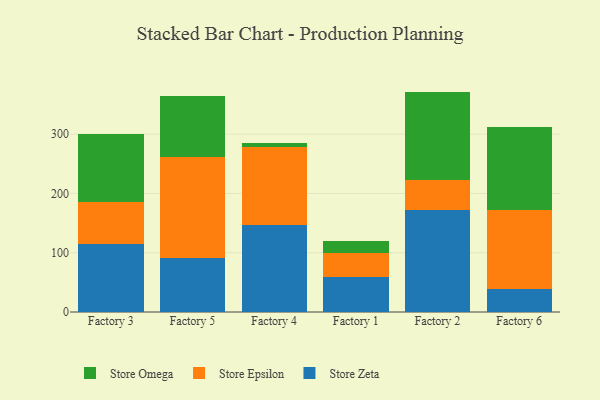
{"axis": {"x": "Factory", "y": "Headcount"}, "legend": ["Store Epsilon", "Store Omega", "Store Zeta"], "data": [{"x": "Factory 3", "y": 115.4, "type": "Store Zeta"}, {"x": "Factory 3", "y": 69.5, "type": "Store Epsilon"}, {"x": "Factory 3", "y": 116.2, "type": "Store Omega"}, {"x": "Factory 5", "y": 91.4, "type": "Store Zeta"}, {"x": "Factory 5", "y": 169.7, "type": "Store Epsilon"}, {"x": "Factory 5", "y": 103.3, "type": "Store Omega"}, {"x": "Factory 4", "y": 147.4, "type": "Store Zeta"}, {"x": "Factory 4", "y": 131.5, "type": "Store Epsilon"}, {"x": "Factory 4", "y": 6.5, "type": "Store Omega"}, {"x": "Factory 1", "y": 59.2, "type": "Store Zeta"}, {"x": "Factory 1", "y": 39.9, "type": "Store Epsilon"}, {"x": "Factory 1", "y": 20.3, "type": "Store Omega"}, {"x": "Factory 2", "y": 172.8, "type": "Store Zeta"}, {"x": "Factory 2", "y": 50.4, "type": "Store Epsilon"}, {"x": "Factory 2", "y": 148.6, "type": "Store Omega"}, {"x": "Factory 6", "y": 38.2, "type": "Store Zeta"}, {"x": "Factory 6", "y": 133.8, "type": "Store Epsilon"}, {"x": "Factory 6", "y": 140.8, "type": "Store Omega"}]}